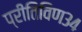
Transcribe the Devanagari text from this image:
प्रीतिविण३४